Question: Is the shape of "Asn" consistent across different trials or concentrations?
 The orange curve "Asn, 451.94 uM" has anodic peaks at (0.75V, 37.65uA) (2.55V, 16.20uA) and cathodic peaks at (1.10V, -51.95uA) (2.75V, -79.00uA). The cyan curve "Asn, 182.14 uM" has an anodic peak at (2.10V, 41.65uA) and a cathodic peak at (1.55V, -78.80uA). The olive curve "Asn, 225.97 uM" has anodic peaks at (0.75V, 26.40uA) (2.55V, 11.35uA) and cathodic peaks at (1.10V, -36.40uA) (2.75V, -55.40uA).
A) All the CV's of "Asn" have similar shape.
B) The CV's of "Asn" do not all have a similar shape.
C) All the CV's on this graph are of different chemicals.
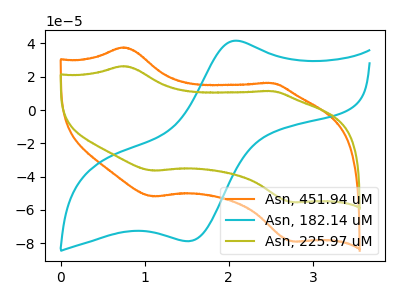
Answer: <think>"Asn, 451.94 uM" and "Asn, 182.14 uM" have a different number of peaks. All the peaks in "Asn, 451.94 uM" have a peak in "Asn, 225.97 uM" at the same potential. Every peak in "Asn, 451.94 uM" is higher than every peak in "Asn, 225.97 uM". "Asn, 182.14 uM" and "Asn, 225.97 uM" have a different number of peaks.
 </think>
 <answer>A) All the CV's of "Asn" have similar shape.</answer>
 <eval>A</eval>